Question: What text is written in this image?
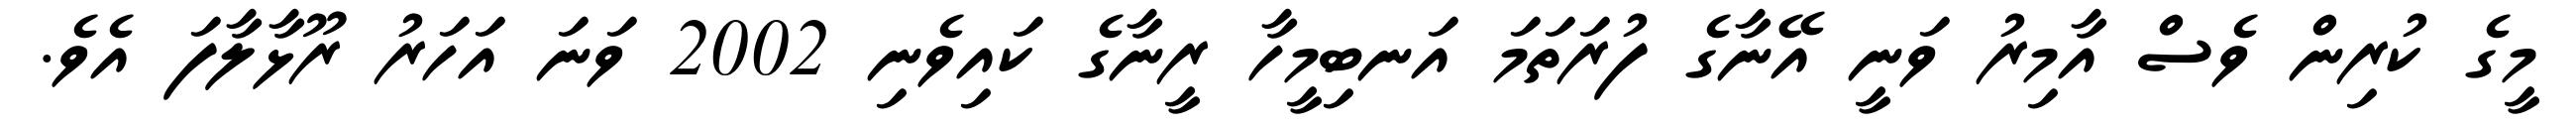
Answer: މީގެ ކުރިން ވެސް އާމިރު ވަނީ އޭނާގެ ފުރަތަމަ އަނބިމީހާ ރީނާގެ ކައިވެނި 2002 ވަނަ އަހަރު ރޫޅާލާފަ އެވެ.